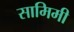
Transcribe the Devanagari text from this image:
सामिमी